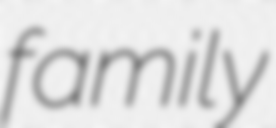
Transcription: family